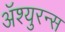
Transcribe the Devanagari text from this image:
अॅश्युरन्स